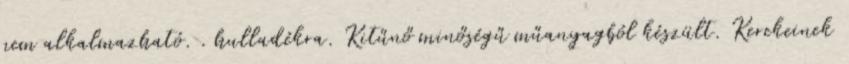
nem alkalmazható. . hulladékra. Kitűnő minőségű műanyagból készült. Kerekeinek